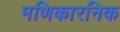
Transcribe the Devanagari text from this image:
मणिकारनिक